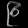
Digit: ၉